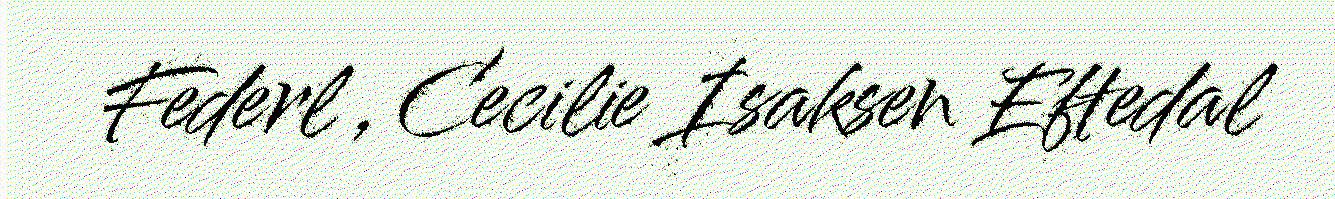
Federl , Cecilie Isaksen Eftedal